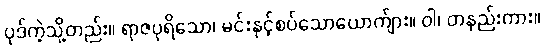
ပုဒ်ကဲ့သို့တည်း။ ရာဇပုရိသော၊ မင်းနှင့်စပ်သောယောက်ျား။ ဝါ၊ တနည်းကား။